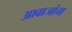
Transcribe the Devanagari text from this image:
आवाजांचा